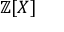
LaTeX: \mathbb { Z } [ X ]